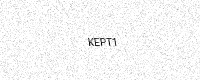
Text: KEPT1